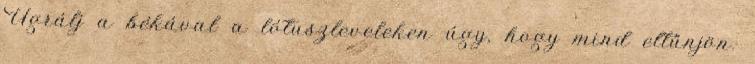
Ugrálj a békával a lótuszleveleken úgy, hogy mind eltűnjön.